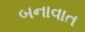
બનાવાત